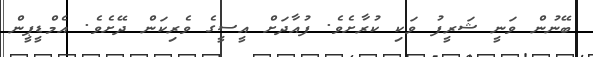
ބޭނުން ވަނީ ޝަރީފު ވަކި ކުރާށެވެ. ފުއާދަށް އީސީގެ ވެރިކަން ދޭށެވެ. އެމްޑީޕީން